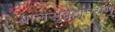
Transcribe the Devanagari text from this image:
बालसुब्रह्मण्यम्